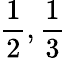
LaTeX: {\frac{1}{2}},{\frac{1}{3}}